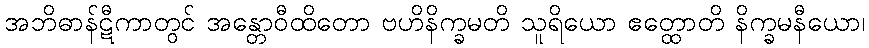
အဘိဓာန်ဋီကာတွင် အန္တောဝီထိတော ဗဟိနိက္ခမတိ သူရိယော ဧတ္ထောတိ နိက္ခမနီယော၊